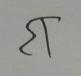
Signature authenticity: forged